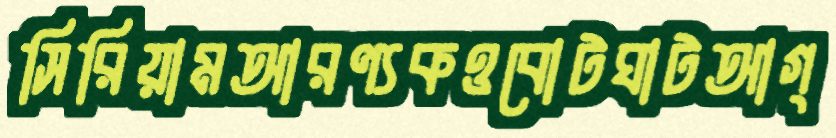
সিরিয়ামআরণ্যকওবোটঘাটআগ্